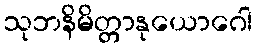
သုဘနိမိတ္တာနုယောဂေါ